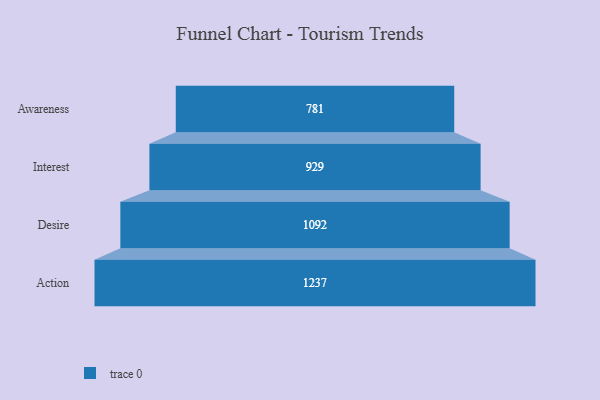
{"axis": {"x": "Stage", "y": "Value"}, "legend": [""], "data": [{"x": "Awareness", "y": 781.0, "type": ""}, {"x": "Interest", "y": 929.0, "type": ""}, {"x": "Desire", "y": 1092.0, "type": ""}, {"x": "Action", "y": 1237.0, "type": ""}]}